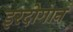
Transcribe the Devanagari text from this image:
इरदोगान